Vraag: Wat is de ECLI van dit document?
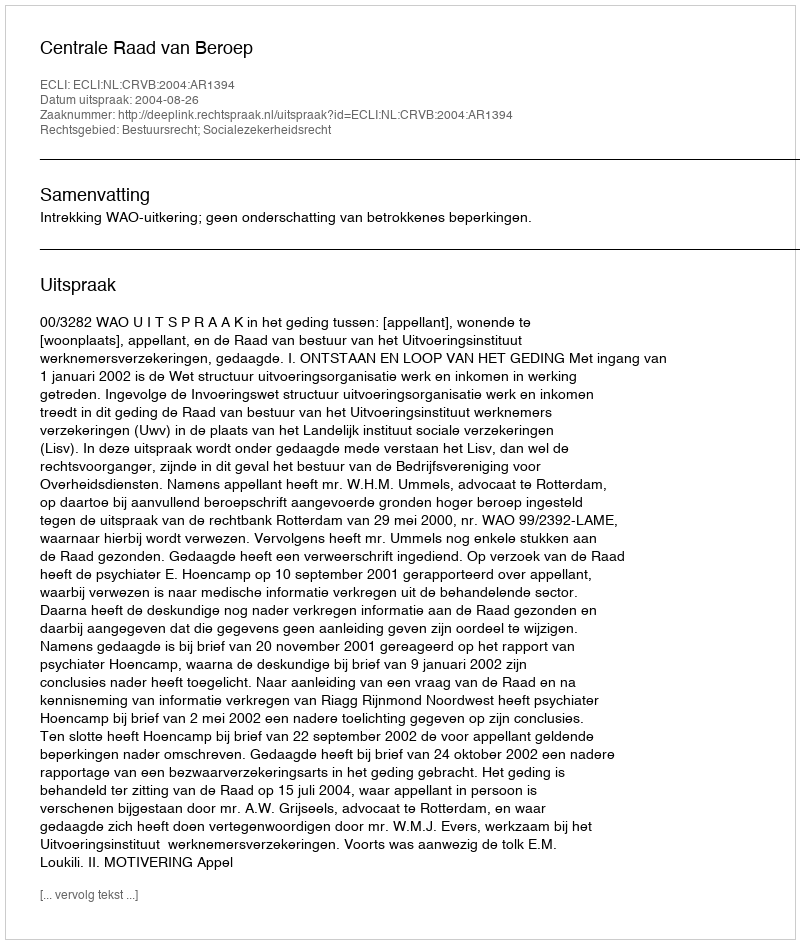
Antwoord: ECLI:NL:CRVB:2004:AR1394